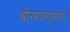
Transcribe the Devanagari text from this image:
श्रीरमवरयुक्‍तोऽयं